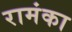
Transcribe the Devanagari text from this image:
रामंका